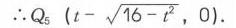
\(\therefore Q_{5}\left(t - \sqrt{16 - t^{2}},0\right)\)